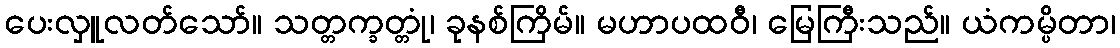
ပေးလှူလတ်သော်။ သတ္တက္ခတ္တုံ၊ ခုနစ်ကြိမ်။ မဟာပထဝီ၊ မြေကြီးသည်။ ယံကမ္ပိတာ၊